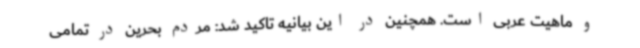
و ماهیت عربی است. همچنین در این بیانیه تاکید شد: مردم بحرین در تمامی